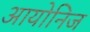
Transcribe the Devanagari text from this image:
आयोनिज